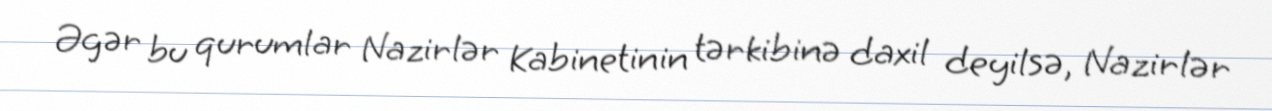
Əgər bu qurumlar Nazirlər Kabinetinin tərkibinə daxil deyilsə, Nazirlər